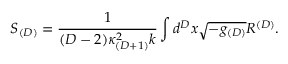
S _ { ( D ) } = \frac { 1 } { ( D - 2 ) \kappa _ { ( D + 1 ) } ^ { 2 } k } \int d ^ { D } x \sqrt { - g _ { ( D ) } } R ^ { ( D ) } .